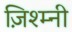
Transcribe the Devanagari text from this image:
ज़िश्म्नी